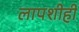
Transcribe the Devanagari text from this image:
लापशीही